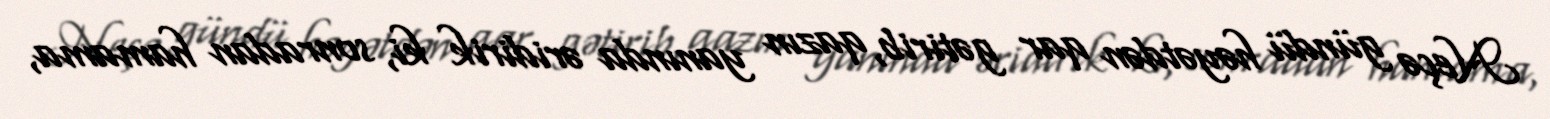
Neçə gündü həyətdən qar gətirib, qazın yanında əridirik ki, sonradan hamama,